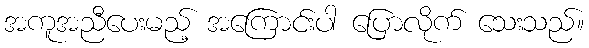
အကူအညီပေးမည့် အကြောင်းပါ ပြောလိုက် သေးသည်။